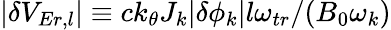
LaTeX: \lvert\delta V_{Er,l}\rvert\equiv ck_{\theta}J_{k}\lvert\delta\phi_{k}\rvert l\omega_{tr}/(B_{0}\omega_{k})